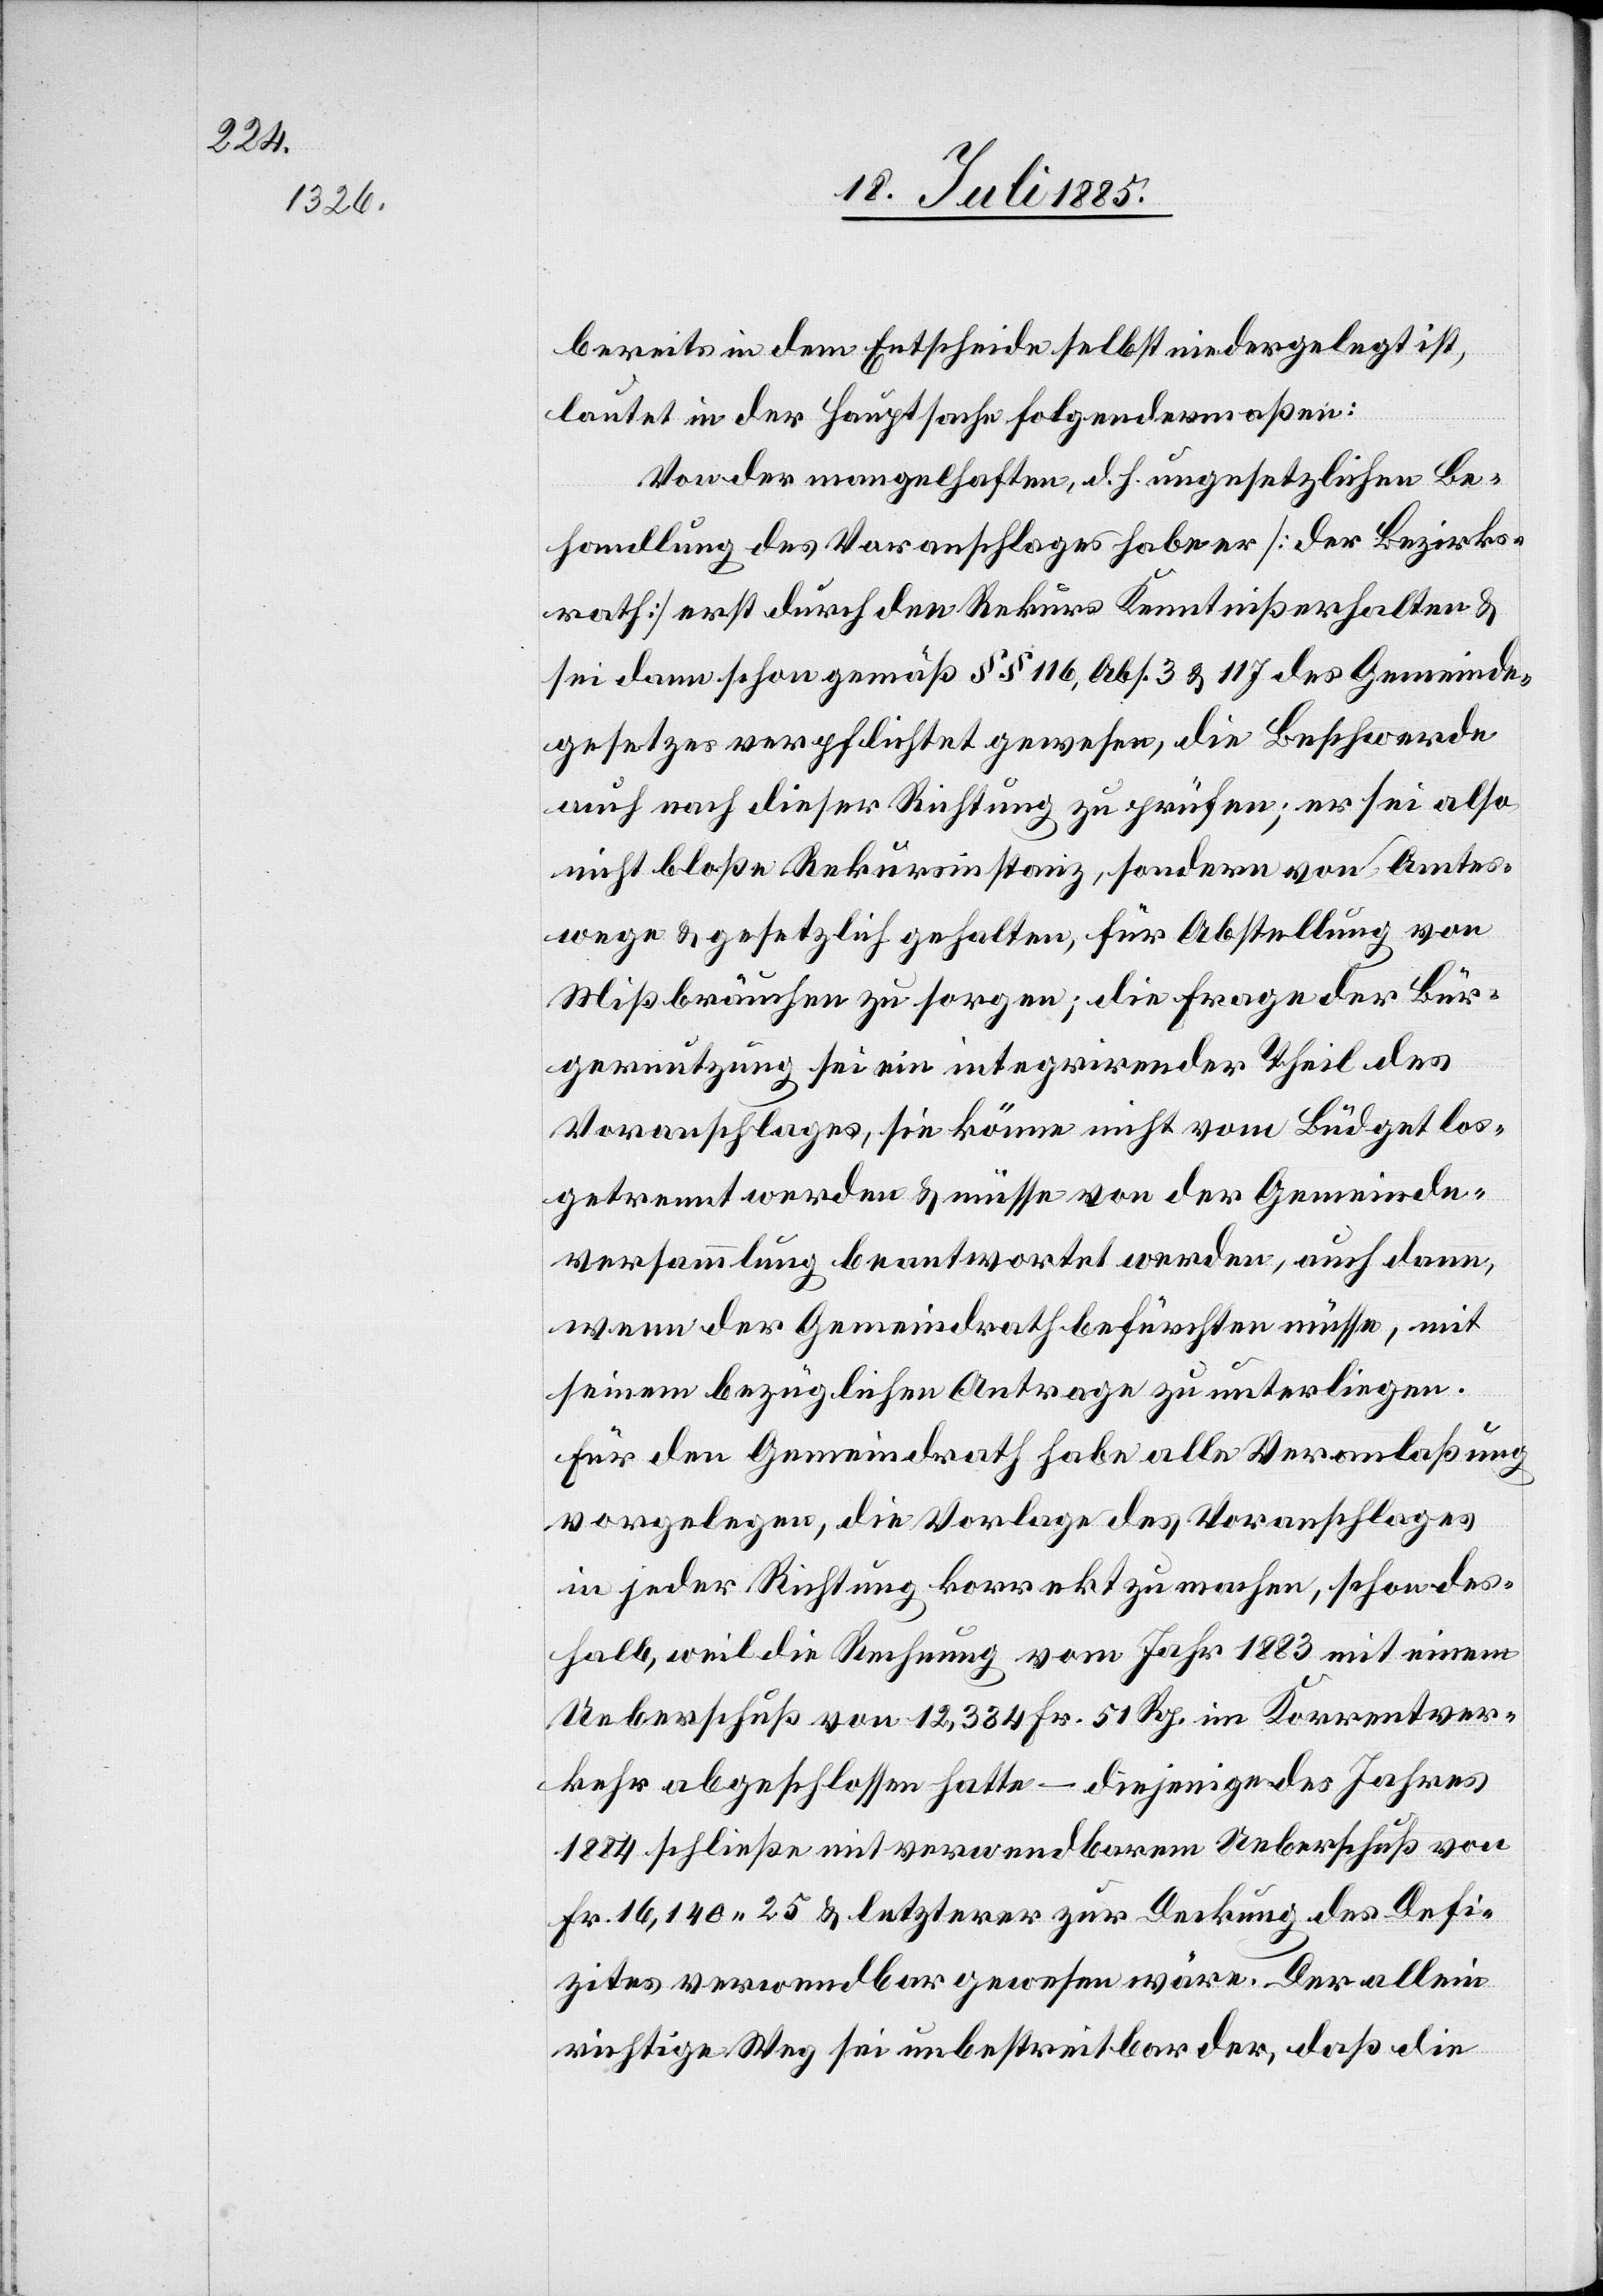
bereits in dem Entscheide selbst niedergelegt ist,
lautet in der Hauptsache folgendermaßen:
Von der mangelhaften, d. h. ungesetzlichen Be¬
handlung des Voranschlages habe er [der Bezirks¬
rath] erst durch den Rekurs Kenntniß erhalten &
sei dann schon gemäß §§ 116, Abs. 3 & 117 des Gemeinde¬
gesetzes verpflichtet gewesen, die Beschwerde
auch nach dieser Richtung zu prüfen; er sei also
nicht bloße Rekursinstanz, sondern von Amts¬
wege & gesetzlich gehalten, für Abstellung von
Mißbräuchen zu sorgen; die Frage der Bür¬
gernutzung sei ein integrirender Theil des
Voranschlages, sie könne nicht vom Büdget los¬
getrennt werden & müsse von der Gemeinde¬
versammlung beantwortet werden, auch dann,
wenn der Gemeindrath befürchten müsse, mit
seinem bezüglichen Antrage zu unterliegen.
Für den Gemeindrath habe alle Veranlaßung
vorgelegen, die Vorlage des Voranschlages
in jeder Richtung korrekt zu machen, schon des¬
halb, weil die Rechnung vom Jahr 1883 mit einem
Ueberschuß von 12,384 Fr. 51 Rp. im Korrentver¬
kehr abgeschlossen hatte – diejenige des Jahres
1884 schließe mit verwendbarem Ueberschuß von
Fr. 16,140 25 & letzterer zur Deckung des Defi¬
zites verwendbar gewesen wäre. Der allein
richtige Weg sei unbestreitbar der, daß die